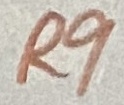
Text: R9